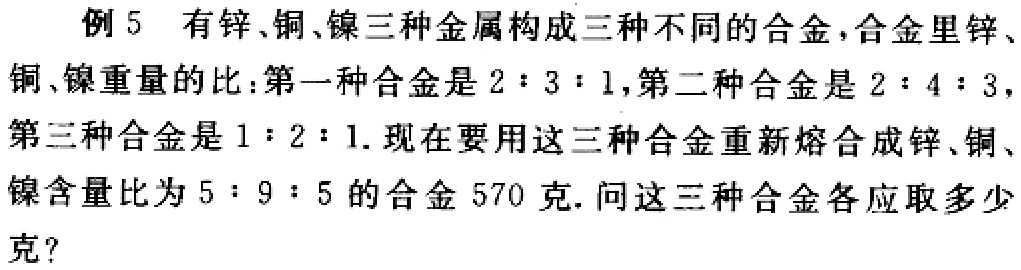
例5 有锌、铜、镍三种金属构成三种不同的合金，合金里锌、铜、镍重量的比：第一种合金是\(2:3:1\)，第二种合金是\(2:4:3\)，第三种合金是\(1:2:1\). 现在要用这三种合金重新熔合成锌、铜、镍含量比为\(5:9:5\)的合金\(570\)克. 问这三种合金各应取多少克?